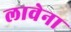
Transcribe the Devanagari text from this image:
लावेना